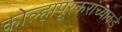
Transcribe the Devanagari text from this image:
कोल्हापूरकरांच्याकडे